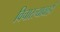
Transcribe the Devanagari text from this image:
विचारल्यावरही